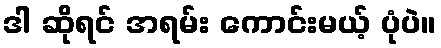
ဒါ ဆိုရင် အရမ်း ကောင်းမယ့် ပုံပဲ။